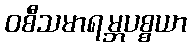
ဝစီသမာရမ္ဘပစ္စယာ